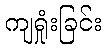
ကျရှုံးခြင်း